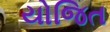
યોજિત